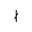
\nmid